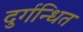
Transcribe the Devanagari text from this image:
दुर्गन्धित